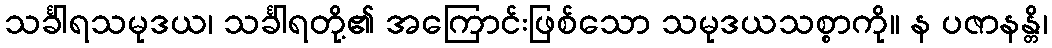
သင်္ခါရသမုဒယ၊ သင်္ခါရတို့၏ အကြောင်းဖြစ်သော သမုဒယသစ္စာကို။ န ပဇာနန္တိ၊